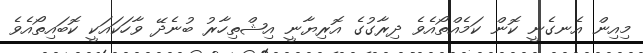
މިއިން އެނގެނީ ކޮން ކަމެއްތޯއެވެ ދިރާގުގެ އޮރިޔާނީ އިޝްތިހާރު ބުނެދޭ ވާހަކައަކީ ކޮބައިތޯއެވެ